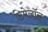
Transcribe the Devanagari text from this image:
टिमेलॉल